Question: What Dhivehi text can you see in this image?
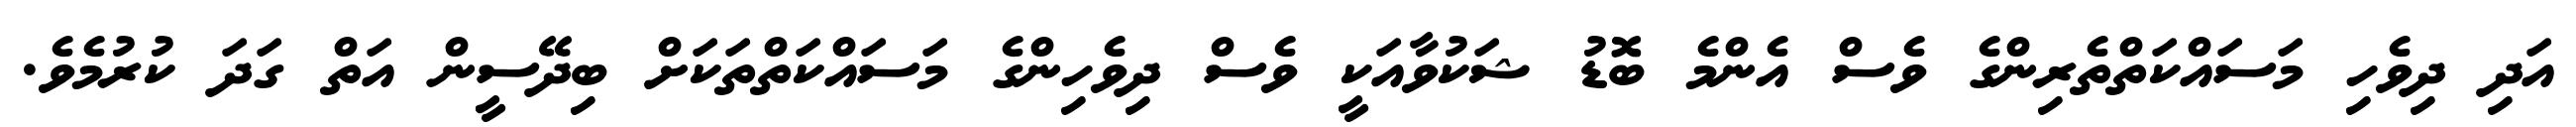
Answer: އަދި ދިވެހި މަސައްކަތްތެރިންގެ ވެސް އެންމެ ބޮޑު ޝަކުވާއަކީ ވެސް ދިވެހިންގެ މަސައްކަތްތަކަށް ބިދޭސީން އަތް ގަދަ ކުރުމެވެ.